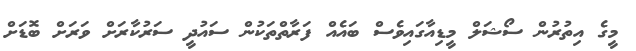
މީގެ އިތުރުން ސޯޝަލް މީޑިއާގައިވެސް ބައެއް ފަރާތްތަކުން ސައުދީ ސަރުކާރަށް ވަރަށް ބޮޑަށް